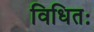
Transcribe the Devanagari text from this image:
विधितः